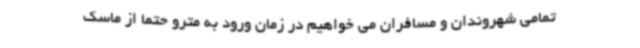
تمامی شهروندان و مسافران می خواهیم در زمان ورود به مترو حتما از ماسک